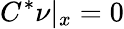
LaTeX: C^{*}\nu|_{x}=0